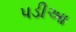
પડીઆ